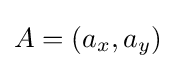
A=(a_{x},a_{y})